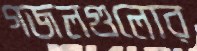
গজলগুলোর